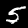
Label: 5